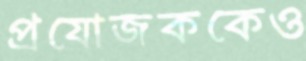
প্রযোজককেও